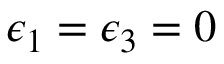
\epsilon _ { 1 } = \epsilon _ { 3 } = 0